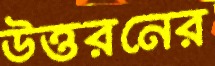
উত্তরনের